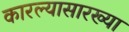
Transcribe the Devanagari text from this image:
कारल्यासारख्या